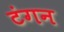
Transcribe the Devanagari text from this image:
टंगन